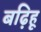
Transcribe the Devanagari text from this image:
बढ़िहू